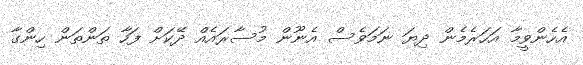
އެހެންވީމާ އަހަރެމެން ދިޔަ ނަމަވެސް އެނޫން މުސާރައެއް ދޭކަށް ފަހާ ތަންތަން ހިންގާ